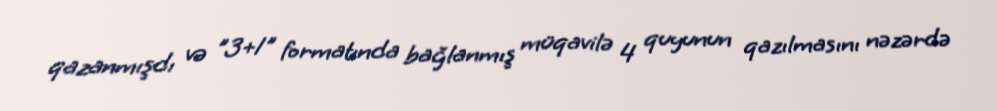
qazanmışdı və "3+1" formatında bağlanmış müqavilə 4 quyunun qazılmasını nəzərdə